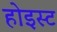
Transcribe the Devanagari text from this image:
होइस्ट